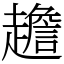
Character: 䟋